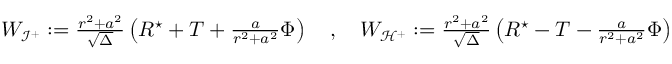
\begin{array} { r } { W _ { \mathcal { I } ^ { + } } : = \frac { { r ^ { 2 } + a ^ { 2 } } } { \sqrt { \Delta } } \left( R ^ { \star } + T + \frac { a } { r ^ { 2 } + a ^ { 2 } } \Phi \right) \ \ \ , \ \ \ W _ { \mathcal { H } ^ { + } } : = \frac { { r ^ { 2 } + a ^ { 2 } } } { \sqrt { \Delta } } \left( R ^ { \star } - T - \frac { a } { r ^ { 2 } + a ^ { 2 } } \Phi \right) \, } \end{array}